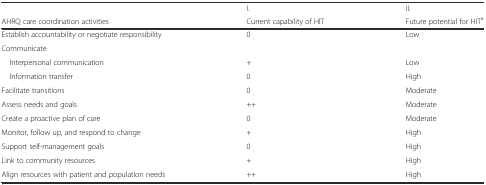
<table><thead><tr><td></td><td><b>I.</b></td><td><b>II.</b></td></tr><tr><td><b>AHRQ care coordination activities</b></td><td><b>Current capability of HIT</b></td><td><b>Future potential for HIT<sup>a</sup></b></td></tr></thead><tbody><tr><td>Establish accountability or negotiate responsibility</td><td>0</td><td>Low</td></tr><tr><td>Communicate</td><td></td><td></td></tr><tr><td> Interpersonal communication</td><td>+</td><td>Low</td></tr><tr><td> Information transfer</td><td>0</td><td>High</td></tr><tr><td>Facilitate transitions</td><td>0</td><td>Moderate</td></tr><tr><td>Assess needs and goals</td><td>++</td><td>Moderate</td></tr><tr><td>Create a proactive plan of care</td><td>0</td><td>Moderate</td></tr><tr><td>Monitor, follow up, and respond to change</td><td>+</td><td>High</td></tr><tr><td>Support self-management goals</td><td>0</td><td>High</td></tr><tr><td>Link to community resources</td><td>+</td><td>High</td></tr><tr><td>Align resources with patient and population needs</td><td>++</td><td>High</td></tr></tbody></table>